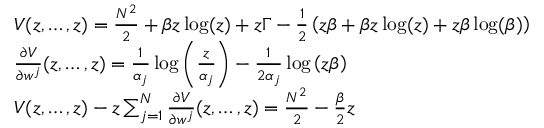
\begin{array} { r l } & { V ( z , \dots , z ) = \frac { N ^ { 2 } } { 2 } + \beta z \log ( z ) + z \Gamma - \frac { 1 } { 2 } \left( z \beta + \beta z \log ( z ) + z \beta \log ( \beta ) \right) } \\ & { \frac { \partial V } { \partial w ^ { j } } ( z , \dots , z ) = \frac { 1 } { \alpha _ { j } } \log \left( \frac { z } { \alpha _ { j } } \right) - \frac { 1 } { 2 \alpha _ { j } } \log \left( z \beta \right) } \\ & { V ( z , \dots , z ) - z \sum _ { j = 1 } ^ { N } \frac { \partial V } { \partial w ^ { j } } ( z , \dots , z ) = \frac { N ^ { 2 } } { 2 } - \frac { \beta } { 2 } z } \end{array}